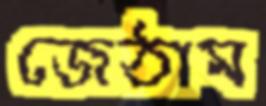
জেঠাম